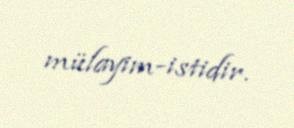
mülayim-istidir.